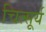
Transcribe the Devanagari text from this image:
चित्सूर्य